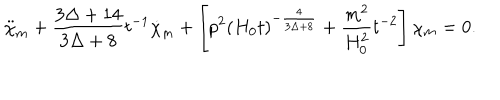
LaTeX: \ddot { \chi } _ { m } + \frac { 3 \Delta + 1 4 } { 3 \Delta + 8 } t ^ { - 1 } \dot { \chi } _ { m } + \left[ p ^ { 2 } \left( H _ { 0 } t \right) ^ { - \frac { 4 } { 3 \Delta + 8 } } + \frac { m ^ { 2 } } { H _ { 0 } ^ { 2 } } t ^ { - 2 } \right] \chi _ { m } = 0 .